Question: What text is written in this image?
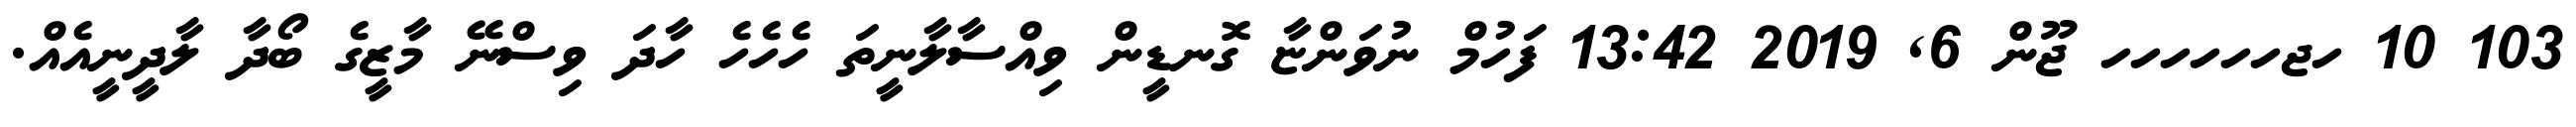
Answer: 103 10 ހޖހހހހހހ ޖޫން 6, 2019 13:42 ފަހުމް ނުވަންޏާ ގޮނޑީން ވިއްސާލާނީތަ ހެހެހެ ހާދަ ވިސްނޭ މާޒީގެ ބޯދާ ލާދީނީއެއް.